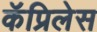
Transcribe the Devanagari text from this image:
कॅप्रिलेस